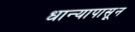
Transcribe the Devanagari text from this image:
धान्यापासून